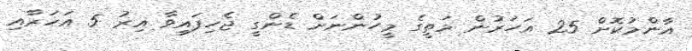
އާންމުކޮށް 25 އަހަރުން މަތީގެ މީހުންނަށް ޑެންގީ ޖެހިފައިވާ އިރު 5 އަހަރާއި